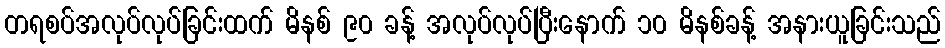
တရစပ်အလုပ်လုပ်ခြင်းထက် မိနစ် ၉၀ ခန့် အလုပ်လုပ်ပြီးနောက် ၁၀ မိနစ်ခန့် အနားယူခြင်းသည်